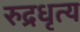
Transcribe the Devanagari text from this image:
रुद्रधृत्य